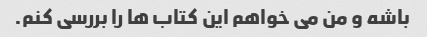
باشه و من می خواهم این کتاب ها را بررسی کنم.